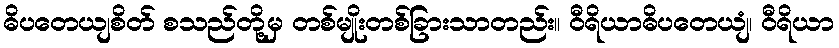
ဓိပတေယျစိတ် စသည်တို့မှ တစ်မျိုးတစ်ခြားသာတည်း။ ဝီရိယာဓိပတေယျံ၊ ဝီရိယာ